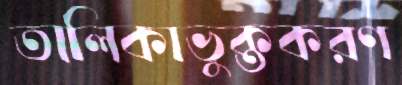
তালিকাভুক্তকরণ